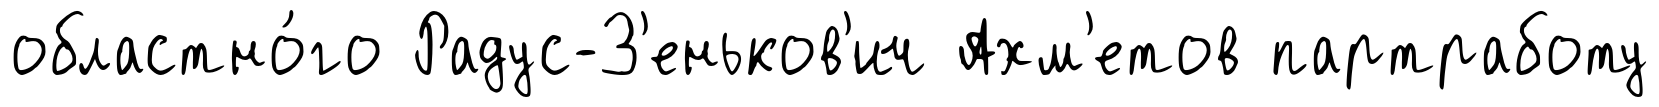
областно́го Радус-З'еньков'ич Ахм'етов партработу